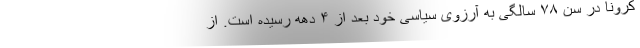
کرونا در سن ۷۸ سالگی به آرزویِ سیاسی خود بعد از ۴ دهه رسیده است. از